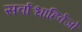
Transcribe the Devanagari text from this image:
सर्वाश्चाहिर्वजो